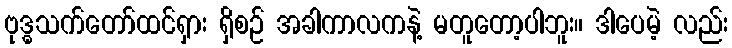
ဗုဒ္ဓသက်တော်ထင်ရှား ရှိစဉ် အခါကာလကနဲ့ မတူတော့ပါဘူး။ ဒါပေမဲ့ လည်း